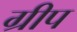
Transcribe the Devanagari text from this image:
ग्रीप